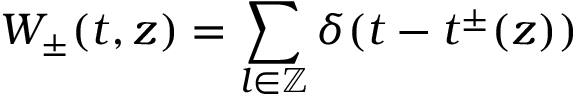
W _ { \pm } ( t , z ) = \sum _ { l \in \mathbb { Z } } \delta ( t - t ^ { \pm } ( z ) )